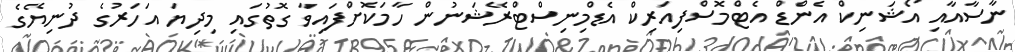
ނާސާއާއި އޯޝަނިކް އެންޑް އެޓްމޮސްފިއަރިކް އެޑްމިނިސްޓްރޭޝަނުން ހާމަކޮށްފައިވާ ގޮތުގައި މިދިޔަ އަހަރުގެ ދުނިޔޭގެ